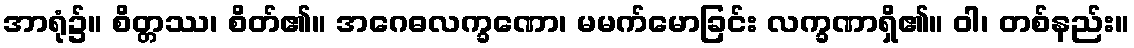
အာရုံ၌။ စိတ္တဿ၊ စိတ်၏။ အဂေဓလက္ခဏော၊ မမက်မောခြင်း လက္ခဏာရှိ၏။ ဝါ၊ တစ်နည်း။